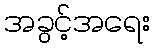
အခွင့်အရေး